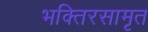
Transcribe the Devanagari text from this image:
भक्तिरसामृत